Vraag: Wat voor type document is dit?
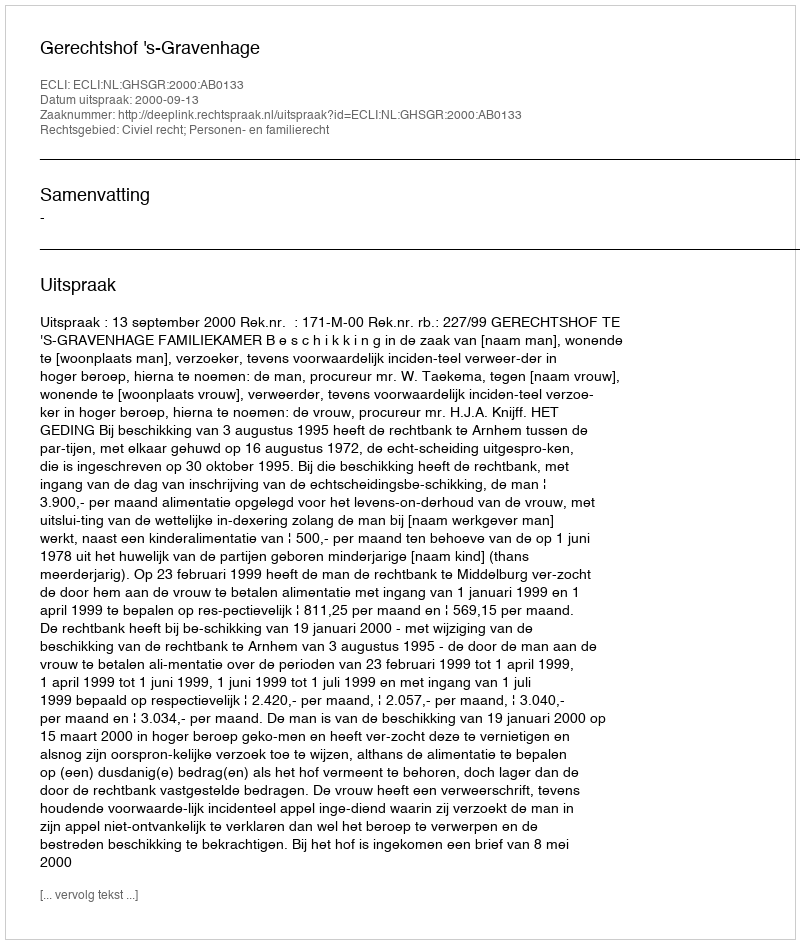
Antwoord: Uitspraak